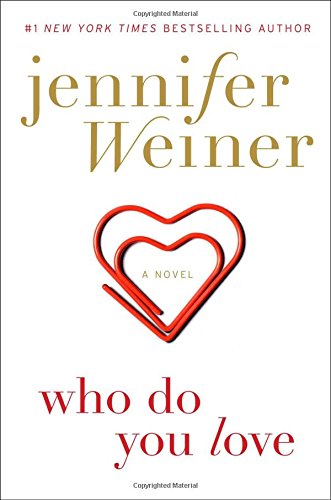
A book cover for Who Do You Love: A Novel; Jennifer Weiner; Literature & Fiction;